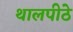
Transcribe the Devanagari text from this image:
थालपीठे